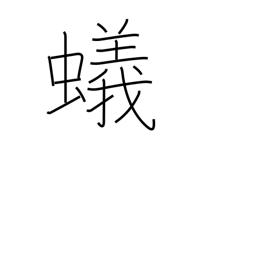
Meaning: ant